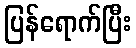
ပြန်ရောက်ပြီး